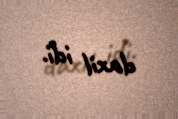
daxil idi.